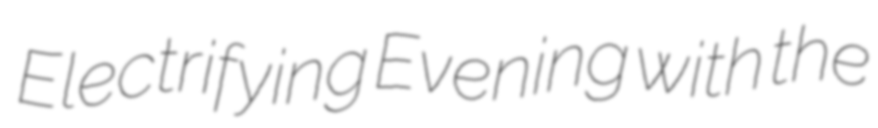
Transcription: Electrifying Evening with the